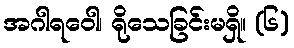
အဂါရဝေါ၊ ရိုသေခြင်းမရှိ။ (၆)